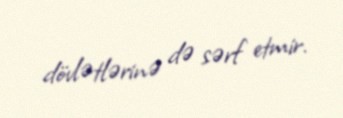
dövlətlərinə də sərf etmir.